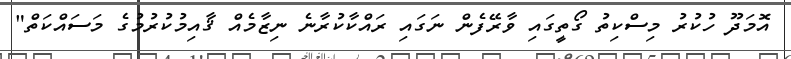
އޮމަދޫ ހުކުރު މިސްކިތު ގޯތީގައި ވާރޭފެން ނަގައި ރައްކާކުރާނެ ނިޒާމެއް ޤާއިމުކުރުމުގެ މަސައްކަތް"